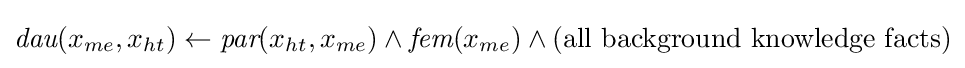
{\textit {dau}}(x_{me},x_{ht})\leftarrow {\textit {par}}(x_{ht},x_{me})\land {\textit {fem}}(x_{me})\land ({\text{all background knowledge facts}})